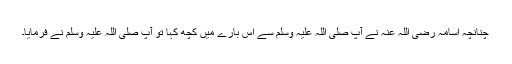
چنانچہ اسامہ رضی اللہ عنہ نے آپ صلی اللہ علیہ وسلم سے اس بارے میں کچھ کہا تو آپ صلی اللہ علیہ وسلم نے فرمایا۔